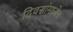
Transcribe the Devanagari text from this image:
दिवसांमध्येच